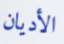
الأديان